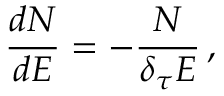
\frac { d N } { d E } = - \frac { N } { \delta _ { \tau } E } \, ,